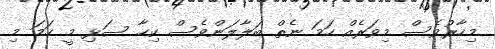
މިހާރުވެސް މިވަރެއް ހަމަ ނެތް ބަލާލަންވެސް ކިހާ ސަޅި މީ ހަމަ މި